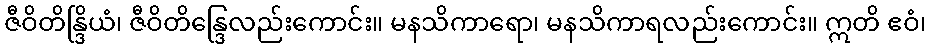
ဇီဝိတိန္ဒြိယံ၊ ဇီဝိတိန္ဒြေလည်းကောင်း။ မနသိကာရော၊ မနသိကာရလည်းကောင်း။ ဣတိ ဧဝံ၊